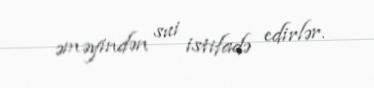
əməyindən sui istifadə edirlər.